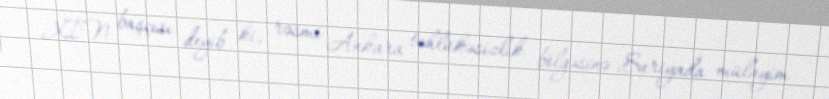
XİN başçısı deyib ki, rəsmi Ankara təhlükəsizlik bölgəsinə Suriyada mülayim